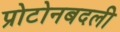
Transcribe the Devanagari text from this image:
प्रोटोनबदली